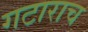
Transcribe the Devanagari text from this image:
गटाराच